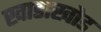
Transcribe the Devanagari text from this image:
खाडाखोड